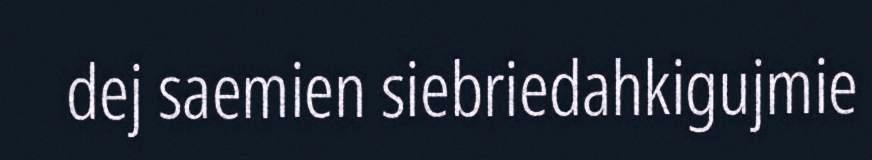
dej saemien siebriedahkigujmie